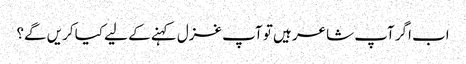
اب اگر آپ شاعر ہیں تو آپ غزل کہنے کے لیے کیا کریں گے؟